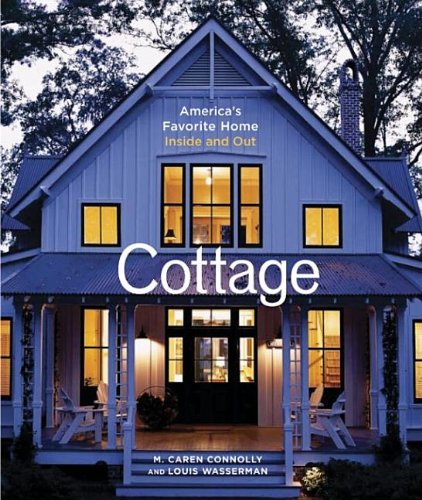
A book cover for Cottage: America's Favorite Home Inside and Out; M. Caren Connolly; Crafts, Hobbies & Home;